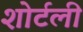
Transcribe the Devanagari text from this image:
शोर्टली